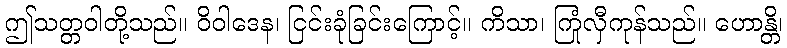
ဤသတ္တဝါတို့သည်။ ဝိဝါဒေန၊ ငြင်းခုံခြင်းကြောင့်။ ကိသာ၊ ကြုံလှီကုန်သည်။ ဟောန္တိ၊